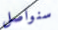
سنواصل